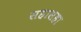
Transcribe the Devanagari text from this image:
सहासहा